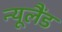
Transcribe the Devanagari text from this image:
न्‍यूलैंड